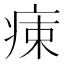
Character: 𤶬